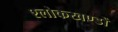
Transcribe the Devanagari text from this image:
श्लोकखण्डों